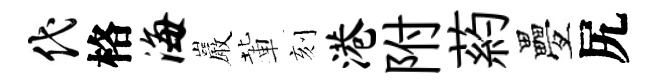
代格海巖輩刻港附葯疊尻